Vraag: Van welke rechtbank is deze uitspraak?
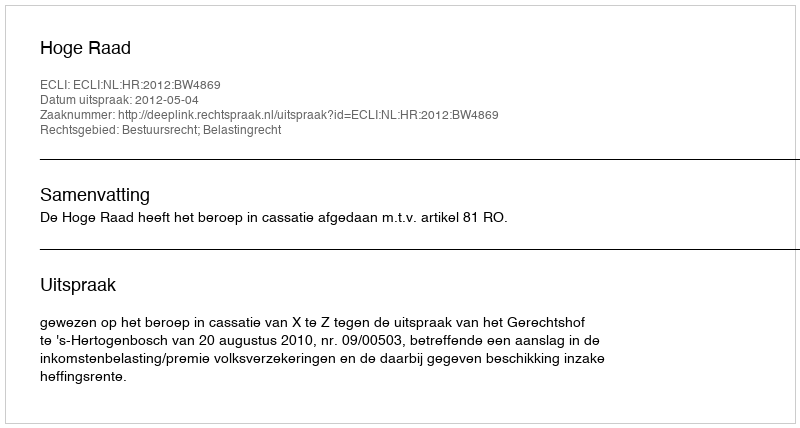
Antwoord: Hoge Raad